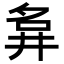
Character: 𡖚